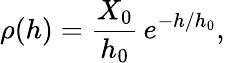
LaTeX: \rho(h)={\frac{X_{0}}{h_{0}}}\, e^{-h/h_{0}},